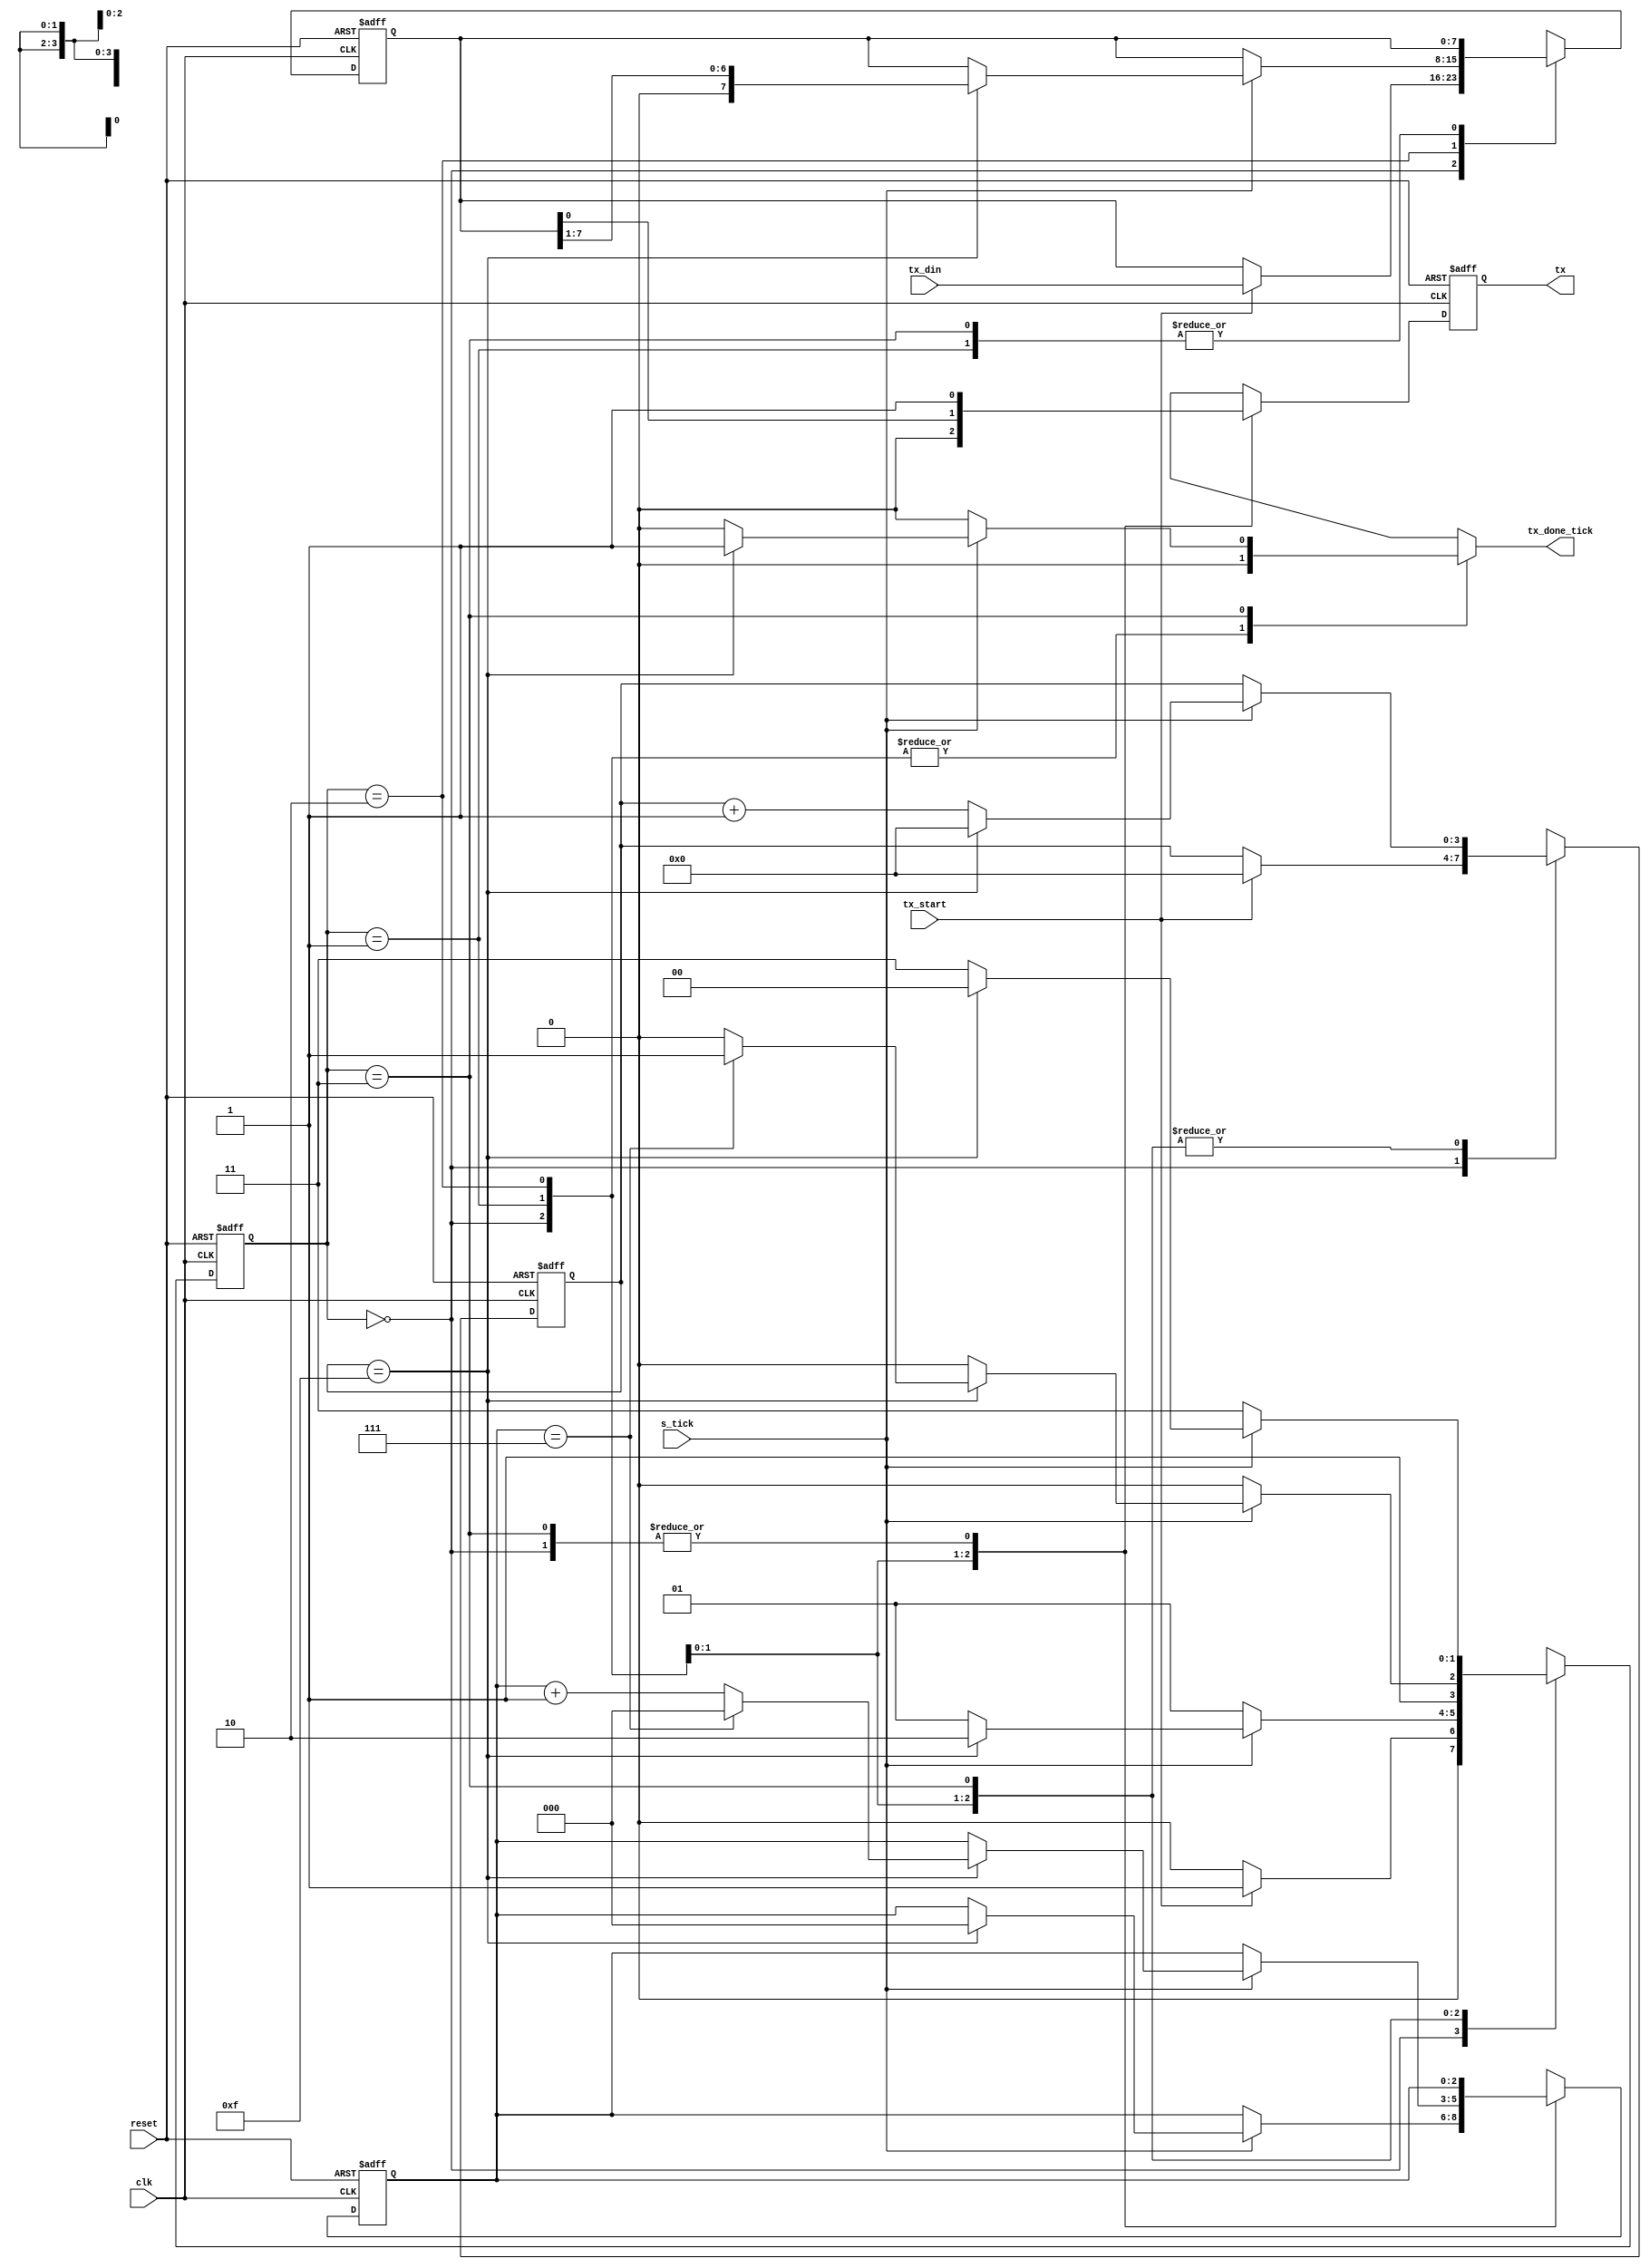
`timescale 1ns / 1ps
//////////////////////////////////////////////////////////////////////////////////
// Company: 
// Engineer: 
// 
// Design Name: 
// Module Name: transmitter
// Project Name: 
// Target Devices: 
// Tool Versions: 
// Description: 
// 
// Dependencies: 
// 
// Revision:
// Revision 0.01 - File Created
// Additional Comments:
// 
//////////////////////////////////////////////////////////////////////////////////


module transmitter#(
    parameter n = 8)(
    input clk, reset,
    input tx_start,
    input s_tick,
    input [n-1 : 0] tx_din,
    output reg tx_done_tick,
    output tx
    );
    
    reg [3:0] ticks_next, ticks_reg;
    reg [2:0] nbits_next, nbits_reg;
    reg data_next, data_reg;
    reg [n-1 : 0] b_reg, b_next;
    reg [1:0] curr_state, next_state;
    localparam idle = 2'b00;
    localparam start = 2'b01;
    localparam data = 2'b10;
    localparam stop = 2'b11;
    
    always@(posedge clk, posedge reset)begin
        if(reset)begin
            curr_state <= 2'b00;
            ticks_reg <= 4'b0;
            nbits_reg <= 3'b0;
            data_reg <= 1'b1;
            b_reg <= 'b0;
        end
        else begin
            curr_state <= next_state;
            ticks_reg <= ticks_next;
            nbits_reg <= nbits_next;
            data_reg <= data_next;
            b_reg <= b_next;
        end
    end
    
    always@(*)begin
        next_state = curr_state;
        ticks_next = ticks_reg;
        nbits_next = nbits_reg;
        b_next = b_reg;
        data_next = data_reg;
        tx_done_tick = 1'b0;
        
        case(curr_state)
            idle: begin
                    data_next = 1'b1;
                    if(tx_start)begin
                        next_state = start;
                        ticks_next = 0;
                        b_next = tx_din;
                    end
                    else begin
                        next_state = idle;
                    end
            end
            
            start: begin
                    data_next = 1'b0;
                    if(s_tick)begin
                        if(ticks_reg == 15)begin
                            ticks_next = 0;
                            nbits_next = 0;
                            next_state = data;
                        end
                        else begin
                            ticks_next = ticks_reg + 1;
                            next_state = start;
                        end
                    end
                    else begin
                        ticks_next = ticks_reg;
                        next_state = start;
                    end
            end
            
            data: begin
                    data_next = b_reg[0];
                    if(s_tick)begin
                        if(ticks_reg == 15)begin
                            ticks_next = 0;
                            b_next = {1'b0, b_reg[n-1 : 1]};
                            if(nbits_reg == (n-1))begin
                                nbits_next = 0;
                                next_state = stop;
                            end
                            else begin
                                nbits_next = nbits_reg + 1;
                                next_state = data;
                            end
                        end
                        else begin
                            ticks_next = ticks_reg + 1;
                            next_state = data;
                        end
                    end
                    else begin
                        ticks_next = ticks_reg;
                        next_state = data;
                    end
            end
            
            stop: begin
                    data_next = 1'b1;
                    if(s_tick)begin
                        if(ticks_reg == 15)begin
                            ticks_next = 0;
                            next_state = idle;
                            tx_done_tick = 1'b1;
                        end
                        else begin
                            ticks_next = ticks_reg + 1;
                            next_state = stop;  
                        end
                    end
                    else begin
                        ticks_next = ticks_reg;
                        next_state = stop;
                    end
            end

            default: next_state = curr_state;
        endcase
    end
    
    assign tx = data_reg;
    
endmodule